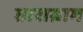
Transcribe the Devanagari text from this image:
ताराग्राम